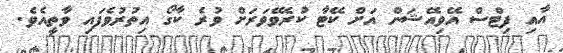
އާއި ފިޓްސް އޭވިއޭޝަން އަށް ކޭޓާ ކުރެވޭވަރަށް ވުރެ ކާގޯ އިތުރުވެފައި ވާތީއެވެ.